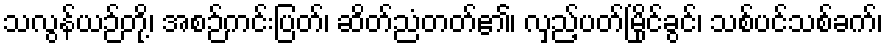
သလွန်ယဉ်တို့၊ အစဉ်ကင်းပြတ်၊ ဆိတ်ညံတတ်၏၊ လှည့်ပတ်မြိုင်ခွင်၊ သစ်ပင်သစ်ခက်၊